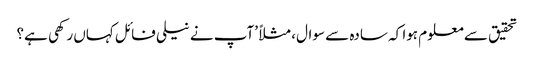
تحقیق سے معلوم ہوا کہ سادہ سے سوال، مثلاً ’آپ نے نیلی فائل کہاں رکھی ہے؟